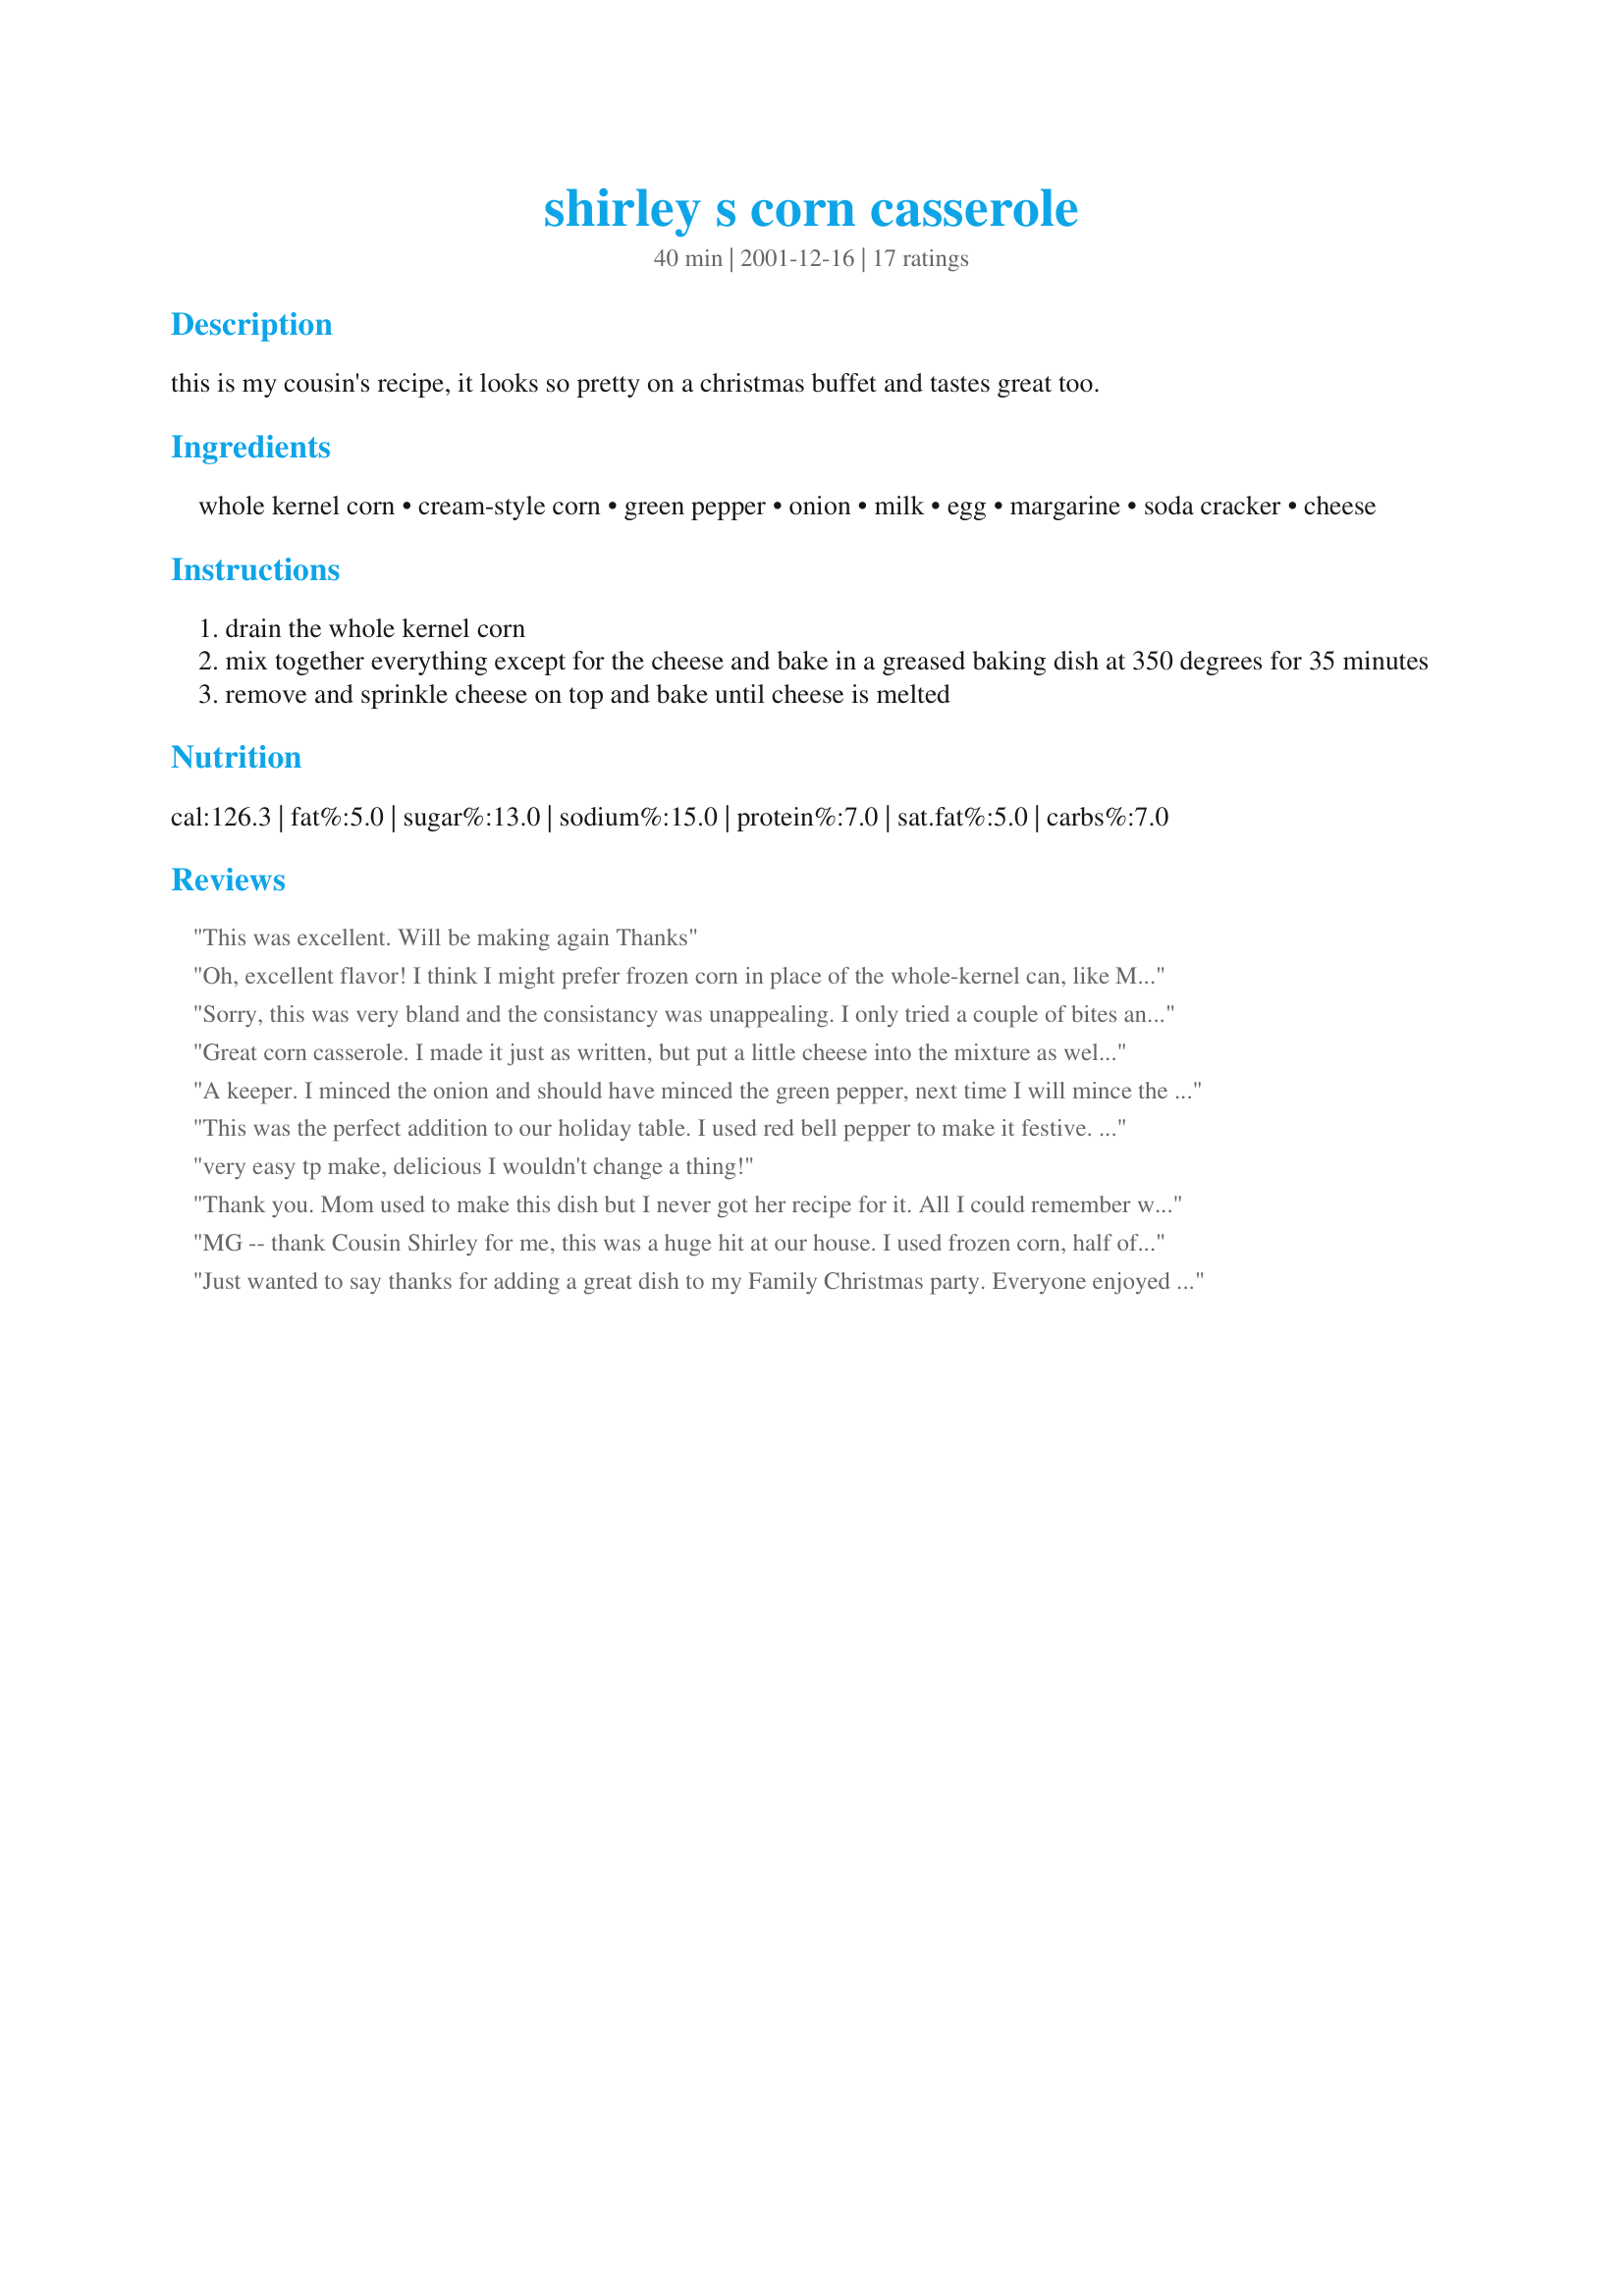
shirley s corn casserole
Preparation time: 40 minutes

this is my cousin's recipe, it looks so pretty on a christmas buffet and tastes great too.

Ingredients:
whole kernel corn, cream-style corn, green pepper, onion, milk, egg, margarine, soda cracker, cheese

Steps:
drain the whole kernel corn
mix together everything except for the cheese and bake in a greased baking dish at 350 degrees for 35 minutes
remove and sprinkle cheese on top and bake until cheese is melted

Reviews:
This was excellent. Will be making again Thanks
Oh, excellent flavor! I think I might prefer frozen corn in place of the whole-kernel can, like Merj. Mine also had some extra liquid after baking, which I think might be remedied by baking a little longer next time. I did make the dish the night before and refrigerate it, so maybe that explains the longer baking time I needed. Great dish, thanks for sharing!!!
Sorry, this was very bland and the consistancy was unappealing. I only tried a couple of bites and dumped the rest. My husband did eat 2 helpings, but he said it is not something he would want to make again. I followed the directions to a T.
Great corn casserole. I made it just as written, but put a little cheese into the mixture as well as on top. I also added some black pepper to taste. I imagine that it is very pretty for X-mas with the green AND red peppers; I'll have to try that. Thanx for sharing this.
A keeper. I minced the onion and should have minced the green pepper, next time I will mince the pepper or saute in the margarine. was nice and creamy, then I would get a crunchy pepper and I did not like that. Just a minor adjustment for our taste. otherwise enjoyed.
This was the perfect addition to our holiday table. I used red bell pepper to make it festive. Lots of flavor and never even realized I FORGOT THE CHEESE!!!Thanks, I will make this again for sure!!
very easy tp make, delicious I wouldn't change a thing!
Thank you. Mom used to make this dish but I never got her recipe for it. All I could remember was the crackers and the corn. Brings back memories of my childhood!!!
MG -- thank Cousin Shirley for me, this was a huge hit at our house. I used frozen corn, half of it partly pulped in the food processor, 2 whole orange sweet peppers, a whole onion, and added lots of cheese to the mix as well as on top. I've already had a request to make this again since the leftovers are all gone. This goes great with some fried sole fillets, mashed potatoes and a cold glass of chocolate milk on the side!
Just wanted to say thanks for adding a great dish to my Family Christmas party. Everyone enjoyed it and a couple of people even asked for the recipe!!
It tastes great!
I enjoyed this very much, Mysterygirl. I must admit I was out of peppers, used frozen corn, mozz. cheese, and my last pkg. of crackers (exactly 1/2 cup!). This had a real "holiday" flavor and you can't beat how economical/easy it is!

Roxygirl
To be honest....I wasnt sure if I would like this at all- but it really is a great dish! It tastes great with mashed potatoes. My dh has already asked for me to make it for him. Thanks so much for sharing MG.
Great flavor! I'm not sure if I needed more crackers or less milk, but it still didn't set after 45 minutes cooking. Still had a great flavor and texture though! Very simple to prepare!
This was great. Instead of crackers I crumbled up some cornbread I had made earlier in the week. Very tasty and will make again. Thanks!
Made this for Thanksgiving. Everyone said it was ok, but not great. Most of it got thrown out. It wasn't horrible, and it could possibly just be my family. They aren't always open to new things. Probably won't make again though. Sorry. The recipe was really easy to do, and mine was not runny like some others had said they had trouble with. Thanks for the recipe
Thanks for the recipe! I minced and sauteed 1 red, 1 green pepper, and 1 onion before mixing together. I also added another can of whole kernel corn and used ritz crackers(next time I'll use more) and a handful of shredded cheedar. It turned out very pretty. Thanks.
the flavor of this was good but it was way too runny, should have left out the milk i think and it needed to be in the oven longer. also the cheese looked greasy on top, it was really unappealing,sorry
